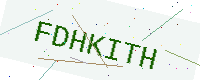
Text: FDHKITH